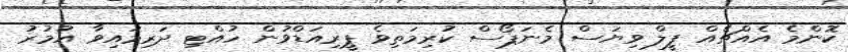
ކޮންމެ އެއްޗެއް ފީލް ވިޔަސް މެނަޕޯސް ކުރިމަތިވެ ޕީރިއަޑްވުން ހުއްޓި ދަރިމައިވާ އުމުރު